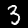
Digit: 3